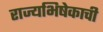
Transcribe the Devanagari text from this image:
राज्यभिषेकाची